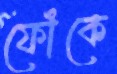
ফোঁকে